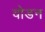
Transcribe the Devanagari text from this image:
वोडन